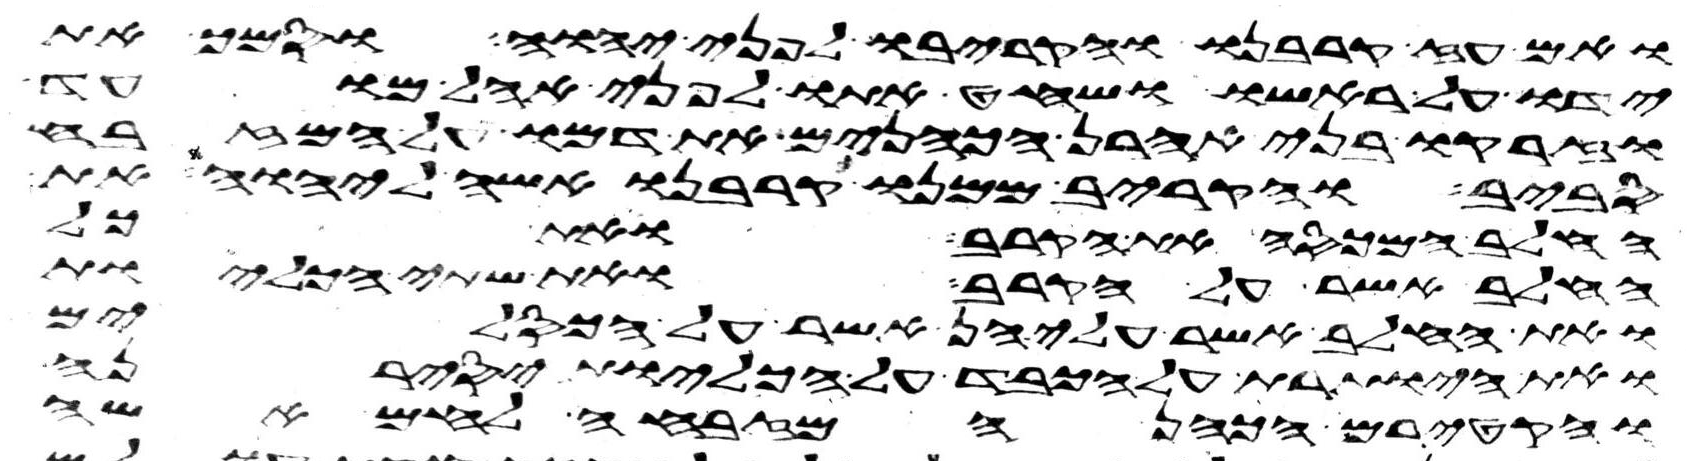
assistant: ואם עז קרבנו והקריבו לפני יהוה וסמך את
ידו על ראשו ושחט אתו לפני אהל מועד
וזרקו בני אהרן הכהנים את דמו על המזבח
סביב והקריב ממנו קרבנו אשה ליהוה את
החלב המכסה את הקרב ואת כל
החלב אשר על הקרב ואת שתי הכליות
ואת החלב אשר עליהן אשר על הכסלים
ואת היותרת על הכבד על הכליות יסירנה
והקטירם הכהן המזבחה לחם אשה